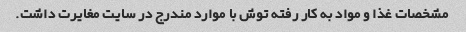
مشخصات غذا و مواد به کار رفته توش با موارد مندرج در سایت مغایرت داشت.